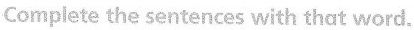
Complete the sentences with that word.